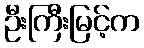
ဦးကြီးမြင့်က